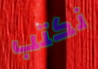
نكتب